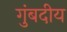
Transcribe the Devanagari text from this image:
गुंबदीय